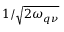
1 / \sqrt { 2 \omega _ { \boldsymbol { q } \nu } }